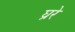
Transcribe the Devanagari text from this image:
घ्ररे